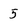
Character: 5